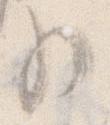
の